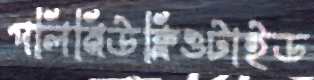
পলিনিউক্লিওটাইড